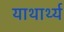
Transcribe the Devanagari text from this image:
याथार्थ्य